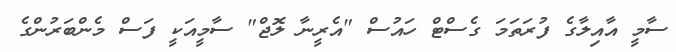
ސާމީ އާއިލާގެ ފުރަތަމަ ގެސްޓް ހައުސް "އެރީނާ ލޮޖް" ސާމީއަކީ ފަސް މެންބަރުންގެ